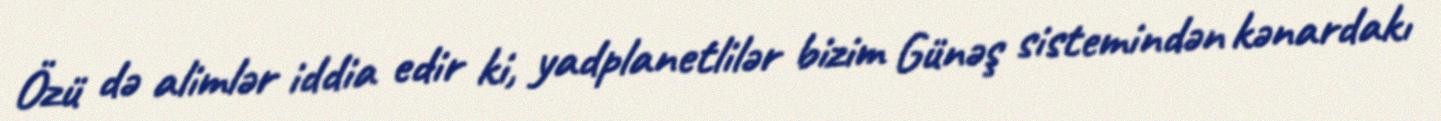
Özü də alimlər iddia edir ki, yadplanetlilər bizim Günəş sistemindən kənardakı